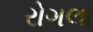
રોગલા